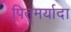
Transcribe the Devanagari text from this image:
पितृमर्यादा